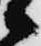
候